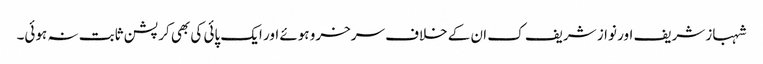
شہباز شریف اور نواز شریف ک ان کے خلاف سرخرو ہوئے اور ایک پائی کی بھی کرپشن ثابت نہ ہوئی۔